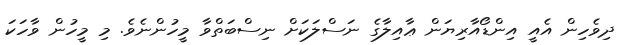
ދިވެހިން އެއީ އިންޑޯއާރިޔަން ޢާއިލާގެ ނަސްލަކަށް ނިސްބަތްވާ މީހުންނެވެ. މި މީހުން ވާހަކަ